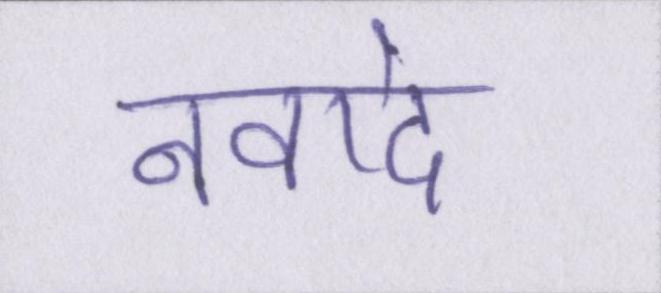
नवादे